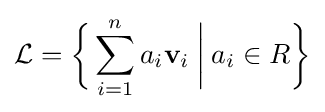
{\mathcal {L}}={\biggl \{}\sum _{i=1}^{n}a_{i}\mathbf {v} _{i}\mathbin {\bigg \vert } a_{i}\in R{\biggr \}}